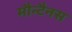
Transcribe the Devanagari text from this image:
मौन्टैनस